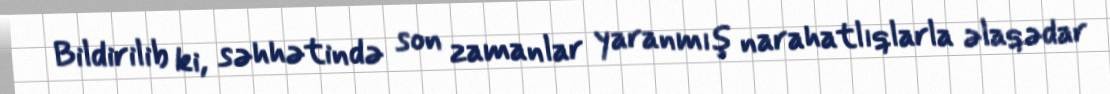
Bildirilib ki, səhhətində son zamanlar yaranmış narahatlıqlarla əlaqədar